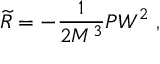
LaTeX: \widetilde { R } = - \frac 1 { 2 M ^ { 3 } } P W ^ { 2 } \; ,